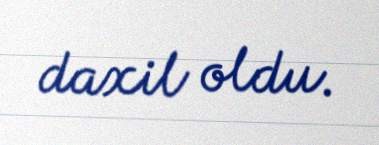
daxil oldu.